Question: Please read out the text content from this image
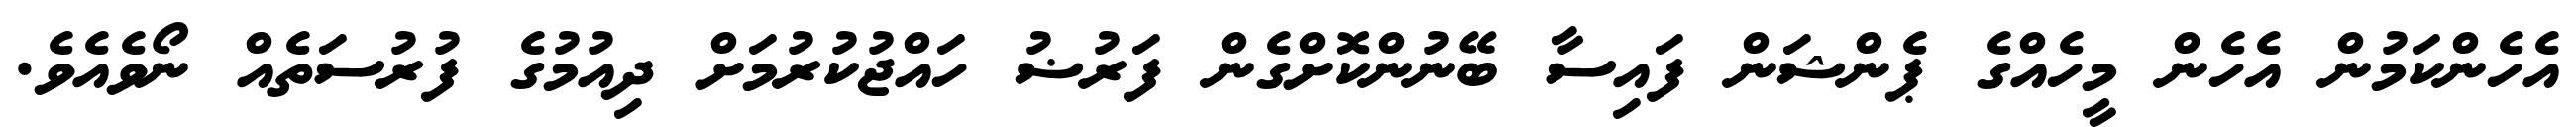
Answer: އެހެންކަމުން އެހެން މީހެއްގެ ޕެންޝަން ފައިސާ ބޭނުންކޮށްގެން ފަރުޟު ހައްޖުކުރުމަށް ދިއުމުގެ ފުރުސަތެއް ނޯވެއެވެ.